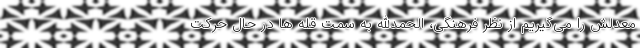
معدلش را می‌گیریم از نظر فرهنگی، الحمدالله به سمت قله ها در حال حرکت